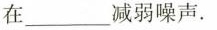
在___减弱噪声。